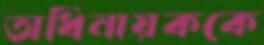
অধিনায়ককে